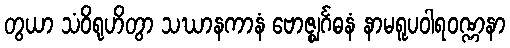
တွယာ သံဝိရုဟိတွာ သဃာနကာနံ ဗောဇ္ဈင်္ဂဓနံ နာမရူပဝါရဝဏ္ဏနာ